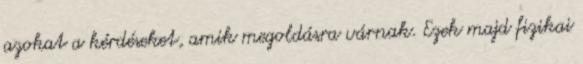
azokat a kérdéseket, amik megoldásra várnak. Ezek majd fizikai